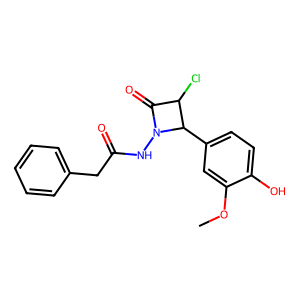
SMILES: COc1cc(C2C(Cl)C(=O)N2NC(=O)Cc2ccccc2)ccc1O
Inhibits HIV replication: No